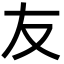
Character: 友